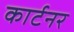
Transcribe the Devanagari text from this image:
कार्टनर